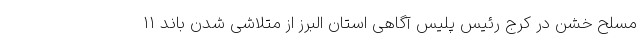
مسلح خشن در کرج رئیس پلیس آگاهی استان البرز از متلاشی شدن باند ۱۱